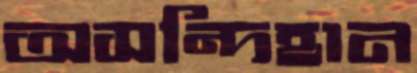
অসন্দিহান